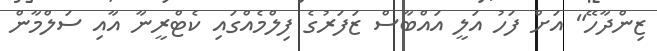
ޒިންދާހޭ" އަށް ފަހު އަލީ އައްބާސް ޒަފަރުގެ ފިލްމެއްގައި ކެޓްރީނާ އާއި ސަލްމާން